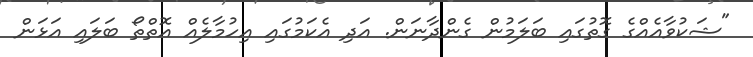
"ޝަކުވާއެއްގެ ގޮތުގައި ބަލަމުން ގެންދާނަން. އަދި އެކަމުގައި އިހުމާލެއް އޮތްތޯ ބަލައި އަޅަން